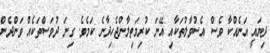
ދިޔައީ އަނެއްކާ ވެސް އެސުވާލުތަކާއި އޭނަ ކުރިމަތިލާންޖެހިދާނެ ކަމެވެ. ގިނަ ދުވަސްތަކެއް ވަންދެން